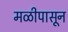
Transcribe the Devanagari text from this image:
मळीपासून